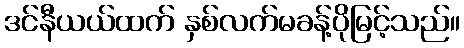
ဒင်နီယယ်ထက် နှစ်လက်မခန့်ပိုမြင့်သည်။